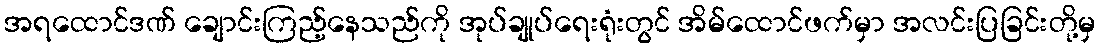
အရထောင်ဒဏ် ချောင်းကြည့်နေသည်ကို အုပ်ချုပ်ရေးရုံးတွင် အိမ်ထောင်ဖက်မှာ အလင်းပြခြင်းတို့မှ